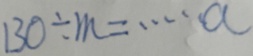
1 3 0 \div m = \cdots a